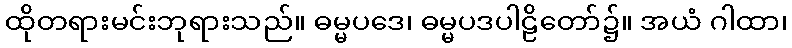
ထိုတရားမင်းဘုရားသည်။ ဓမ္မပဒေ၊ ဓမ္မပဒပါဠိတော်၌။ အယံ ဂါထာ၊